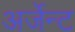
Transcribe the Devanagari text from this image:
अर्जेन्ट